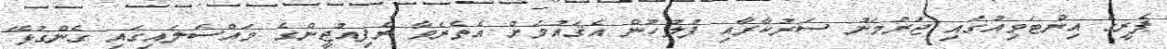
ޕެރީގެ އިންޓަވިއުގައި ޖަރުމަނު ސަރުކާރާއި ފުލުހުން އެޤައުމަށް އެތެރެވާ ރެފިއުޖީންގެ މައްސަލައިގައި ގެންގުޅޭ